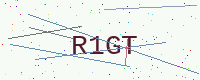
Text: R1GT